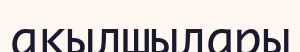
ақылшылары